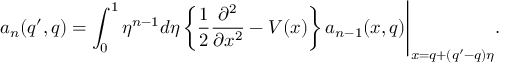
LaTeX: a _ { n } ( q ^ { \prime } , q ) = \int _ { 0 } ^ { 1 } \eta ^ { n - 1 } d \eta \left\{ \frac { 1 } { 2 } \frac { \partial ^ { 2 } } { \partial x ^ { 2 } } - V ( x ) \right\} a _ { n - 1 } ( x , q ) \Biggl . \Biggr | _ { x = q + ( q ^ { \prime } - q ) \eta } .